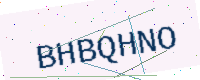
Text: BHBQHNO